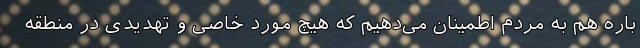
باره هم به مردم اطمینان می‌دهیم که هیچ مورد خاصی و تهدیدی در منطقه